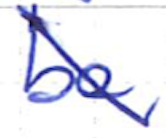
Text: be
Cross-out: diagonal
Writing tool: ballpoint